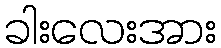
ခါးလေးအား